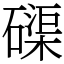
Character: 磲